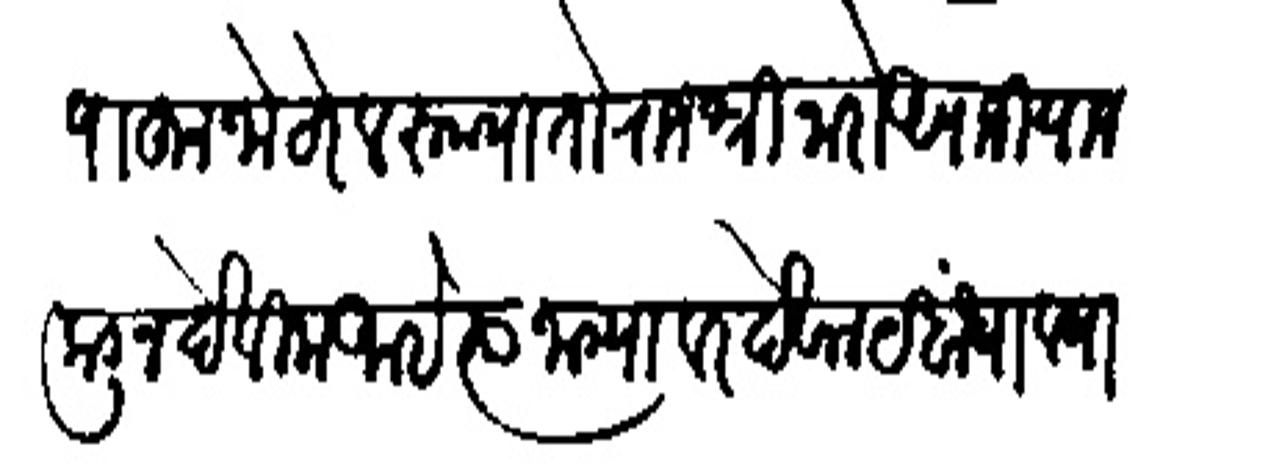
Transliteration (Devanagari): पाहून जो ठरेल रुपया तो राजश्री नारो अपाजी याज कडून देविला आहे त्या जाग्यावर देवालय बांधावया